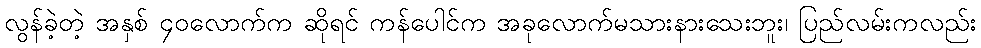
လွန်ခဲ့တဲ့ အနှစ် ၄၀လောက်က ဆိုရင် ကန်ပေါင်က အခုလောက်မသားနားသေးဘူး၊ ပြည်လမ်းကလည်း